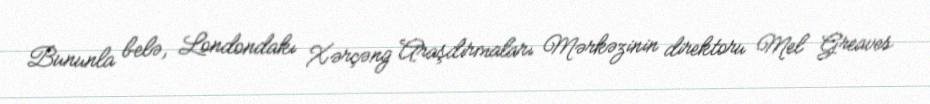
Bununla belə, Londondakı Xərçəng Araşdırmaları Mərkəzinin direktoru Mel Greaves